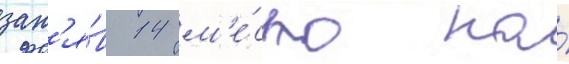
зан'я́в 14 м'е́сто на́